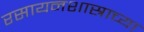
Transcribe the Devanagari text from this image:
रसायनशास्राच्या